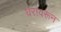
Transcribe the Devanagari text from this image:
घरावरून